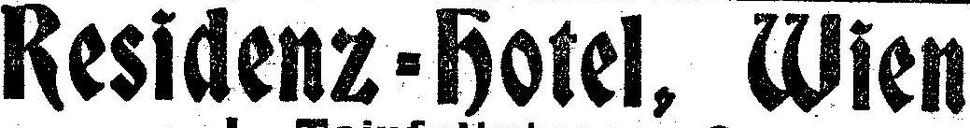
Residenz-Hotel, Wien